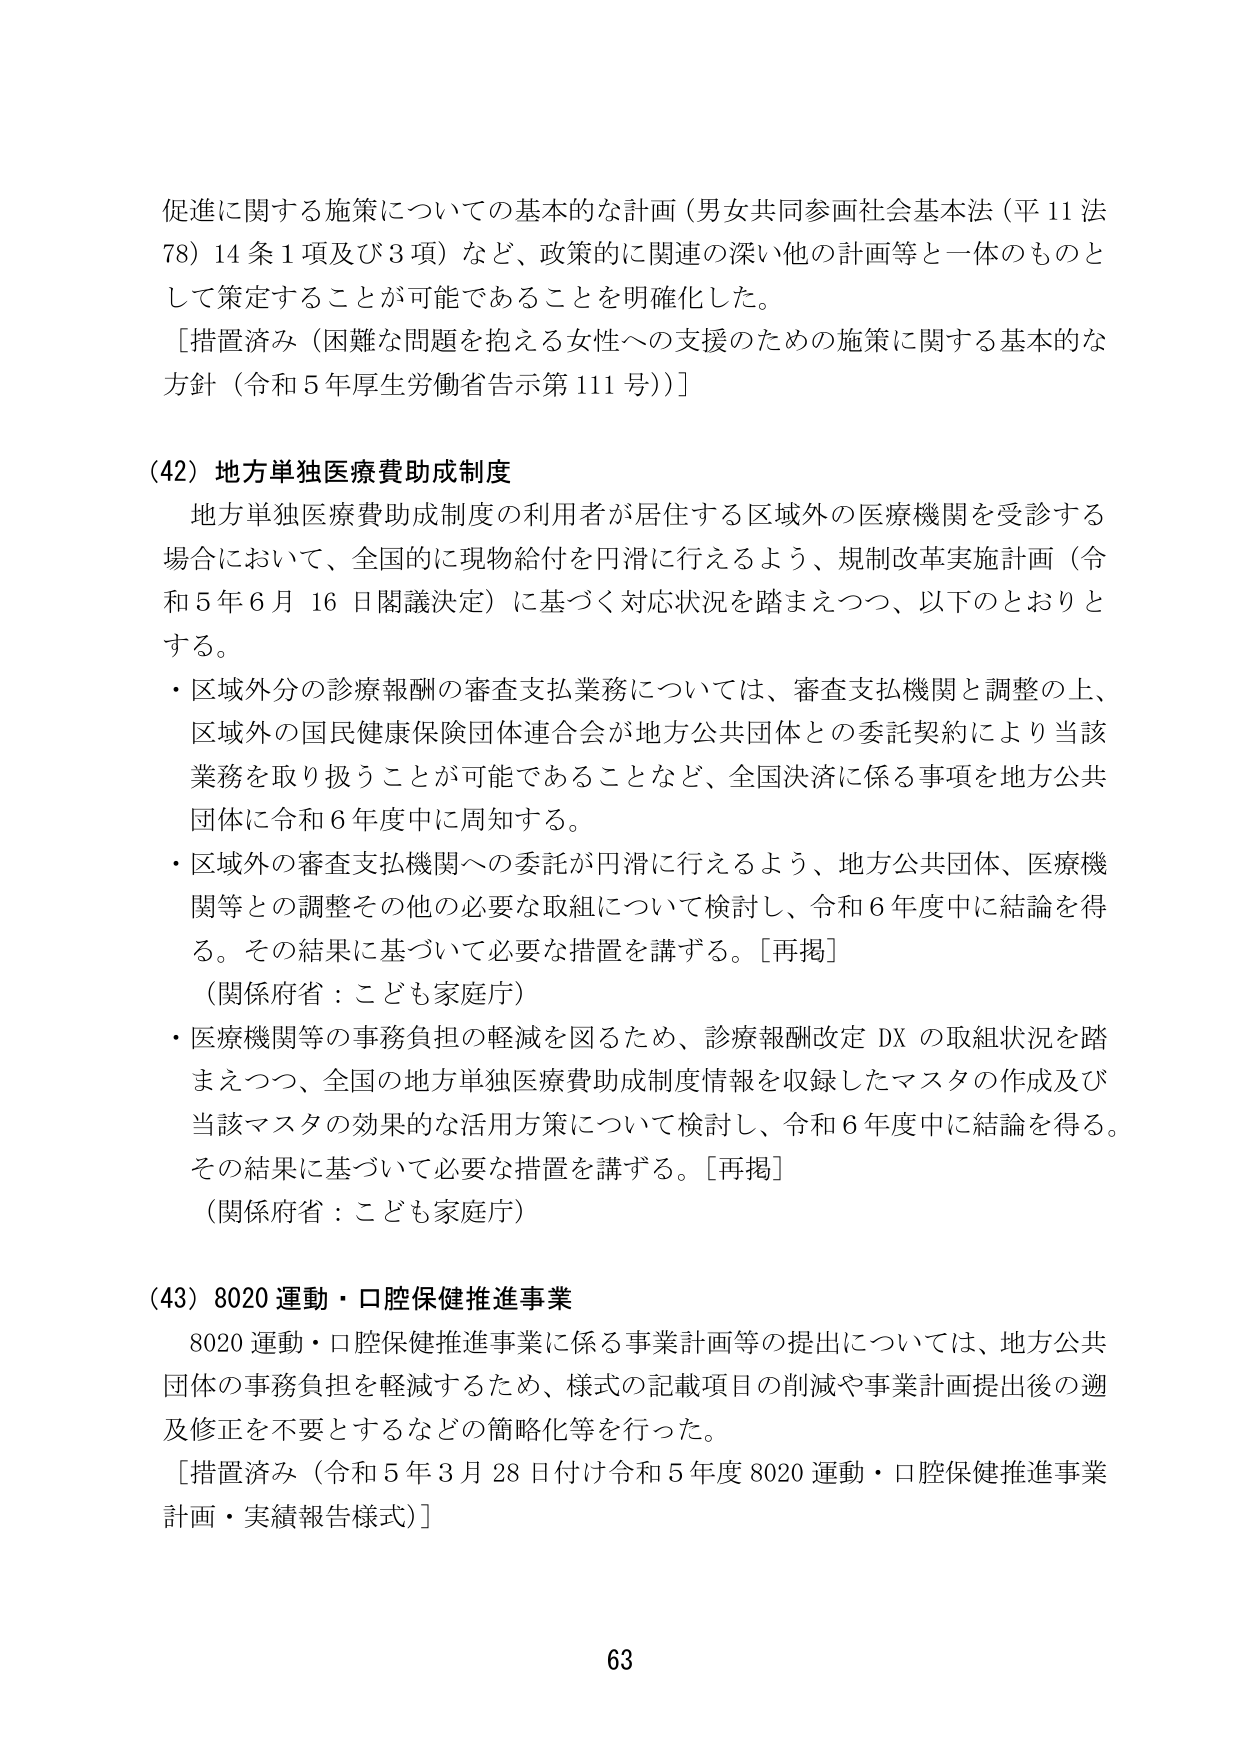
促進に関する施策についての基本的な計画（男女共同参画社会基本法（平11法78）14条1項及び3項）など、政策的に関連の深い他の計画等と一体のものとして策定することが可能であることを明確化した。
［措置済み（困難な問題を抱える女性への支援のための施策に関する基本的な方針（令和5年厚生労働省告示第111号））］

（42）地方単独医療費助成制度
地方単独医療費助成制度の利用者が居住する区域外の医療機関を受診する場合において、全国的に現物給付を円滑に行えるよう、規制改革実施計画（令和5年6月16日閣議決定）に基づく対応状況を踏まえつつ、以下のとおりとする。
・区域外分の診療報酬の審査支払業務については、審査支払機関と調整の上、区域外の国民健康保険団体連合会が地方公共団体との委託契約により当該業務を取り扱うことが可能であることなど、全国決済に係る事項を地方公共団体に令和6年度中に周知する。
・区域外の審査支払機関への委託が円滑に行えるよう、地方公共団体、医療機関等との調整その他の必要な取組について検討し、令和6年度中に結論を得る。その結果に基づいて必要な措置を講ずる。［再掲］
（関係府省：こども家庭庁）
・医療機関等の事務負担の軽減を図るため、診療報酬改定DXの取組状況を踏まえつつ、全国の地方単独医療費助成制度情報を収録したマスタの作成及び当該マスタの効果的な活用方策について検討し、令和6年度中に結論を得る。その結果に基づいて必要な措置を講ずる。［再掲］
（関係府省：こども家庭庁）

（43）8020運動・口腔保健推進事業
8020運動・口腔保健推進事業に係る事業計画等の提出については、地方公共団体の事務負担を軽減するため、様式の記載項目の削減や事業計画提出後の遡及修正を不要とするなどの簡略化等を行った。
［措置済み（令和5年3月28日付け令和5年度8020運動・口腔保健推進事業計画・実績報告様式）］

63